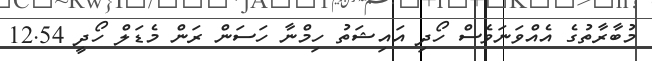
މުބާރާތުގެ އެއްވަނަވެސް ހޯދި އައިޝަތު ހިމްނާ ހަސަން ރަން މެޑަލް ހޯދީ 12.54